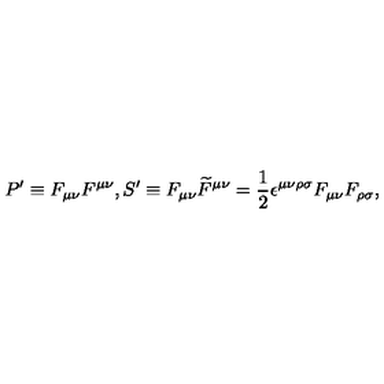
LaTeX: P ^ { \prime } \equiv F _ { \mu \nu } F ^ { \mu \nu } , \medskip S ^ { \prime } \equiv F _ { \mu \nu } \widetilde { F } ^ { \mu \nu } = \frac { 1 } { 2 } \epsilon ^ { \mu \nu \rho \sigma } F _ { \mu \nu } F _ { \rho \sigma } ,